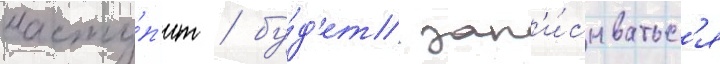
насту́п'ит / бу́д'ет зап'и́сыватьс'я